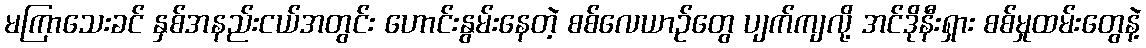
မကြာသေးခင် နှစ်အနည်းငယ်အတွင်း ဟောင်းနွမ်းနေတဲ့ စစ်လေယာဉ်တွေ ပျက်ကျလို့ အင်ဒိုနီးရှား စစ်မှုထမ်းတွေနဲ့